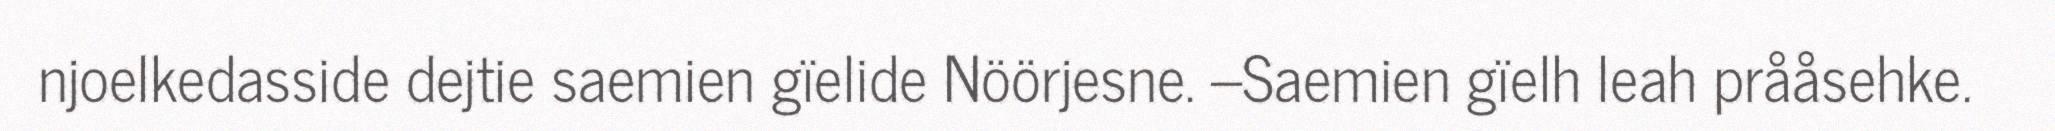
njoelkedasside dejtie saemien gïelide Nöörjesne. –Saemien gïelh leah prååsehke.